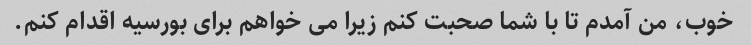
خوب، من آمدم تا با شما صحبت کنم زیرا می خواهم برای بورسیه اقدام کنم.